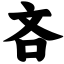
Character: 吝